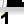
Digit: 1